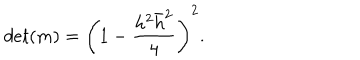
d e t ( m ) = \left( 1 - { \frac { h ^ { 2 } \bar { h } ^ { 2 } } { 4 } } \right) ^ { 2 } .